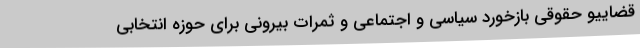
قضاییو حقوقی بازخورد سیاسی و اجتماعی و ثمرات بیرونی برای حوزه انتخابی